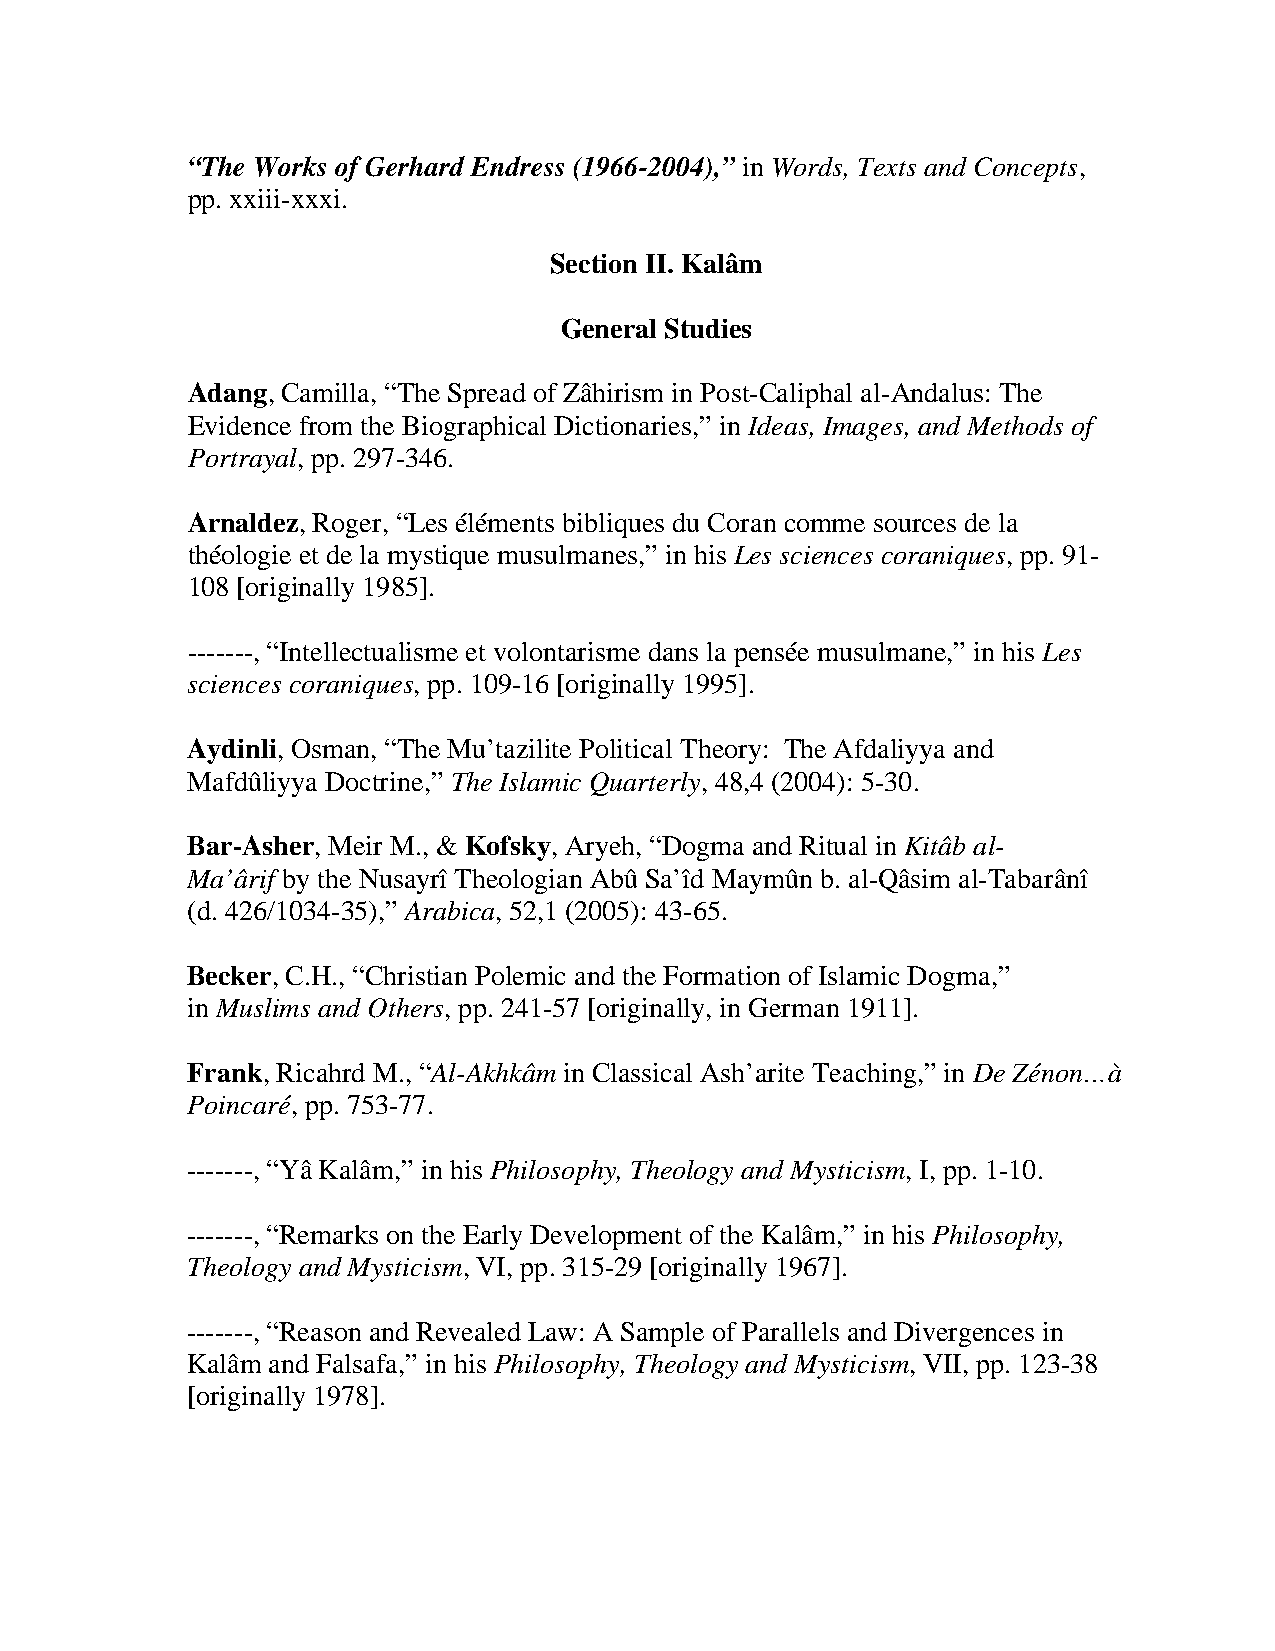
“The Works of Gerhard Endress (1966-2004),” in Words, Texts and Concepts,
 pp. xxiii-xxxi.
 Section II. Kalâm
 General Studies
 Adang, Camilla, “The Spread of Zâhirism in Post-Caliphal al-Andalus: The
 Evidence from the Biographical Dictionaries,” in Ideas, Images, and Methods of
 Portrayal, pp. 297-346.
 Arnaldez, Roger, “Les éléments bibliques du Coran comme sources de la
 théologie et de la mystique musulmanes,” in his Les sciences coraniques, pp. 91-
 108 [originally 1985].
 -------, “Intellectualisme et volontarisme dans la pensée musulmane,” in his Les
 sciences coraniques, pp. 109-16 [originally 1995].
 Aydinli, Osman, “The Mu’tazilite Political Theory: The Afdaliyya and
 Mafdûliyya Doctrine,” The Islamic Quarterly, 48,4 (2004): 5-30.
 Bar-Asher, Meir M., & Kofsky, Aryeh, “Dogma and Ritual in Kitâb al-
 Ma’ârif by the Nusayrî Theologian Abû Sa’îd Maymûn b. al-Qâsim al-Tabarânî
 (d. 426/1034-35),” Arabica, 52,1 (2005): 43-65.
 Becker, C.H., “Christian Polemic and the Formation of Islamic Dogma,”
 in Muslims and Others, pp. 241-57 [originally, in German 1911].
 Frank, Ricahrd M., “Al-Akhkâm in Classical Ash’arite Teaching,” in De Zénon…à
 Poincaré, pp. 753-77.
 -------, “Yâ Kalâm,” in his Philosophy, Theology and Mysticism, I, pp. 1-10.
 -------, “Remarks on the Early Development of the Kalâm,” in his Philosophy,
 Theology and Mysticism, VI, pp. 315-29 [originally 1967].
 -------, “Reason and Revealed Law: A Sample of Parallels and Divergences in
 Kalâm and Falsafa,” in his Philosophy, Theology and Mysticism, VII, pp. 123-38
 [originally 1978].